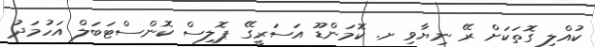
ކުއްލި ގޮތަކަށް ރޭ ނިޔާވި ށ. ކޮމަންޑޫ އަސަރީގޭ ޕޮލިސް ކޮންސްޓަބަލް އަހުމަދު